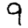
Digit: 9